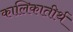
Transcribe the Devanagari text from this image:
कालिकातीर्थ